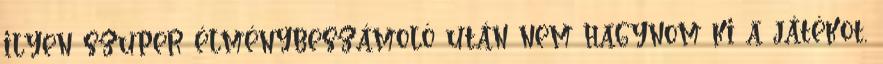
ilyen szuper élménybeszámoló után nem hagynom ki a játékot,